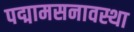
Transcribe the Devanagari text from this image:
पद्मामसनावस्था